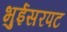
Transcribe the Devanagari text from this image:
भुईसरपट